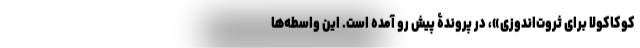
کوکاکولا برای ثروت‌اندوزی»، در پروندۀ پیشِ ‌رو آمده است. این واسطه‌ها